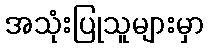
အသုံးပြုသူများမှာ